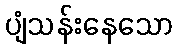
ပျံသန်းနေသော